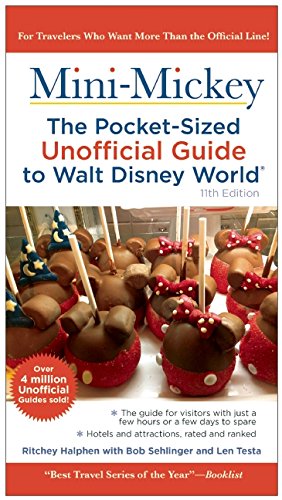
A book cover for Mini Mickey: The Pocket-Sized Unofficial Guide to Walt Disney World; Bob Sehlinger; Travel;